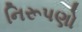
નિરૂપણો